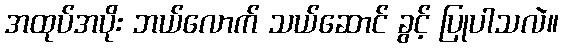
အထုပ်အပိုး ဘယ်လောက် သယ်ဆောင် ခွင့် ပြုပါသလဲ။